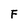
Character: F